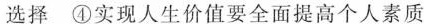
选择 ④实现人生价值要全面提高个人素质